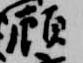
顧